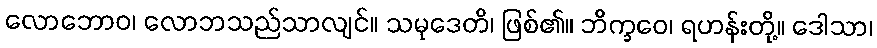
လောဘောဝ၊ လောဘသည်သာလျင်။ သမုဒေတိ၊ ဖြစ်၏။ ဘိက္ခဝေ၊ ရဟန်းတို့။ ဒေါသာ၊